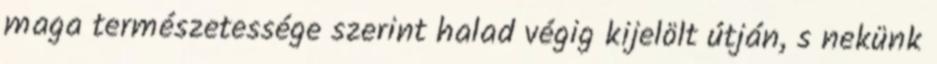
maga természetessége szerint halad végig kijelölt útján, s nekünk